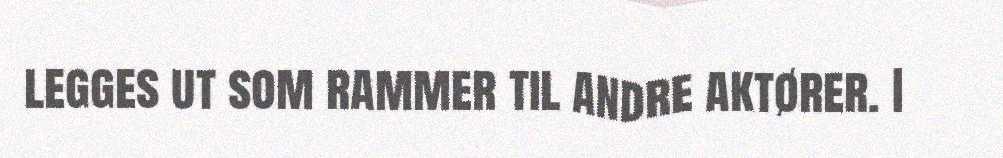
legges ut som rammer til andre aktører. I